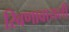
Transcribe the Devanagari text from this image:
रिवणावायली